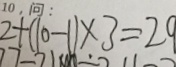
2 + ( 1 0 - 1 ) \times 3 = 2 9